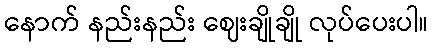
နောက် နည်းနည်း ဈေးချိုချို လုပ်ပေးပါ။